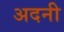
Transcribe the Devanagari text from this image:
अदनी